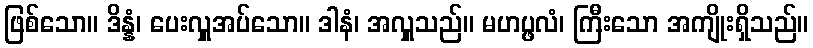
ဖြစ်သော။ ဒိန္နံ၊ ပေးလှူအပ်သော။ ဒါနံ၊ အလှူသည်။ မဟပ္ဖလံ၊ ကြီးသော အကျိုးရှိသည်။